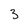
Character: 3